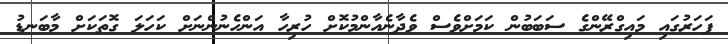
ފަހަރުގައި މައިގްރޭންގެ ސަބަބުން ކަމަށްވެސް ވެދާނެއާންމުކޮށް ހުރިހާ އަންހެނުންނަށް ކަހަލަ ގޮތަކަށް މާބަނޑު